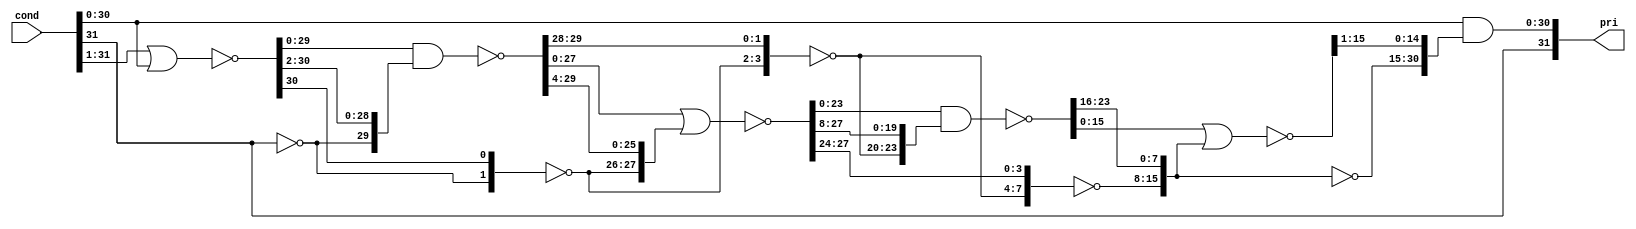
module rv_pri(
	      cond,
	      pri
	      );
   parameter         size = 32;
   input [0:size-1]  cond;
   output [0:size-1] pri;

   parameter         s = size - 1;
   wire [0:s] 	     or_l1;
   wire [0:s] 	     or_l2;
   wire [0:s] 	     or_l3;
   wire [0:s] 	     or_l4;
   wire [0:s] 	     or_l5;
   (* analysis_not_referenced="true" *)
   wire              or_cond;


   // Odd Numbered Levels are inverted

   assign or_l1[0] = (~cond[0]);
   assign or_l1[1:s] = ~(cond[0:s - 1] | cond[1:s]);

   generate
      if (s >= 2)
        begin : or_l2_gen0
           assign or_l2[0:1] = (~or_l1[0:1]);
           assign or_l2[2:s] = ~(or_l1[2:s] & or_l1[0:s - 2]);
        end
   endgenerate
   generate
      if (s < 2)
        begin : or_l2_gen1
           assign or_l2 = (~or_l1);
        end
   endgenerate

   generate
      if (s >= 4)
        begin : or_l3_gen0
           assign or_l3[0:3] = (~or_l2[0:3]);
           assign or_l3[4:s] = ~(or_l2[4:s] | or_l2[0:s - 4]);
        end
   endgenerate
   generate
      if (s < 4)
        begin : or_l3_gen1
           assign or_l3 = (~or_l2);
        end
   endgenerate

   generate
      if (s >= 8)
        begin : or_l4_gen0
           assign or_l4[0:7] = (~or_l3[0:7]);
           assign or_l4[8:s] = ~(or_l3[8:s] & or_l3[0:s - 8]);
        end
   endgenerate
   generate
      if (s < 8)
        begin : or_l4_gen1
           assign or_l4 = (~or_l3);
        end
   endgenerate

   generate
      if (s >= 16)
        begin : or_l5_gen0
           assign or_l5[0:15] = (~or_l4[0:15]);
           assign or_l5[16:s] = ~(or_l4[16:s] | or_l4[0:s - 16]);
        end
   endgenerate
   generate
      if (s < 16)
        begin : or_l5_gen1
           assign or_l5 = (~or_l4);
        end
   endgenerate

   //assert size > 32 report "Maximum Size of 32 Exceeded!" severity error;

   assign pri[0] = cond[0];
   assign pri[1:s] = cond[1:s] & or_l5[0:s - 1];
   assign or_cond = (~or_l5[s]);

endmodule